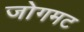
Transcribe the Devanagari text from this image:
जोगमट